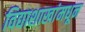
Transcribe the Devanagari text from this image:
विद्याशाखांमधून